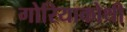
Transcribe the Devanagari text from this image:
गोरियाकोथी